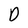
Character: O